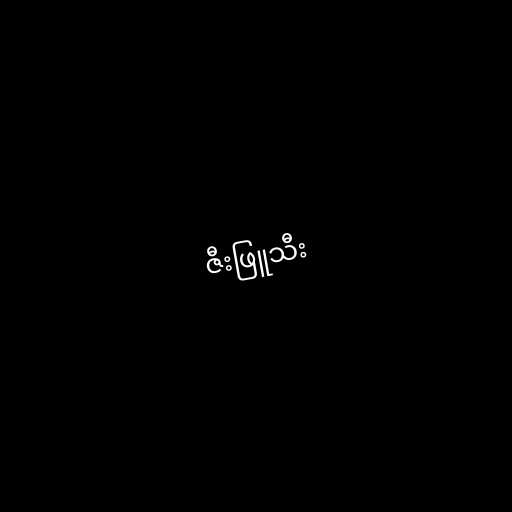
ဇီးဖြူသီး